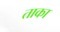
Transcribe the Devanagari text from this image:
ताका